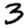
Digit: 3